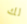
لك